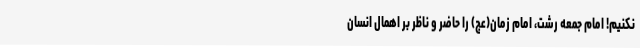
نکنیم! امام جمعه رشت، امام زمان(عج) را حاضر و ناظر بر اهمال انسان